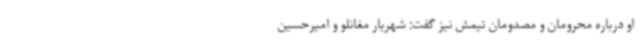
او درباره محرومان و مصدومان تیمش نیز گفت: شهریار مغانلو و امیرحسین